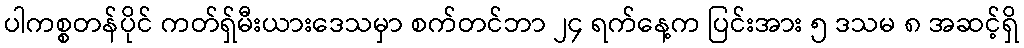
ပါကစ္စတန်ပိုင် ကတ်ရှ်မီးယားဒေသမှာ စက်တင်ဘာ ၂၄ ရက်နေ့က ပြင်းအား ၅ ဒသမ ၈ အဆင့်ရှိ